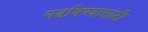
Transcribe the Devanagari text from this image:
लढविण्यासाठी